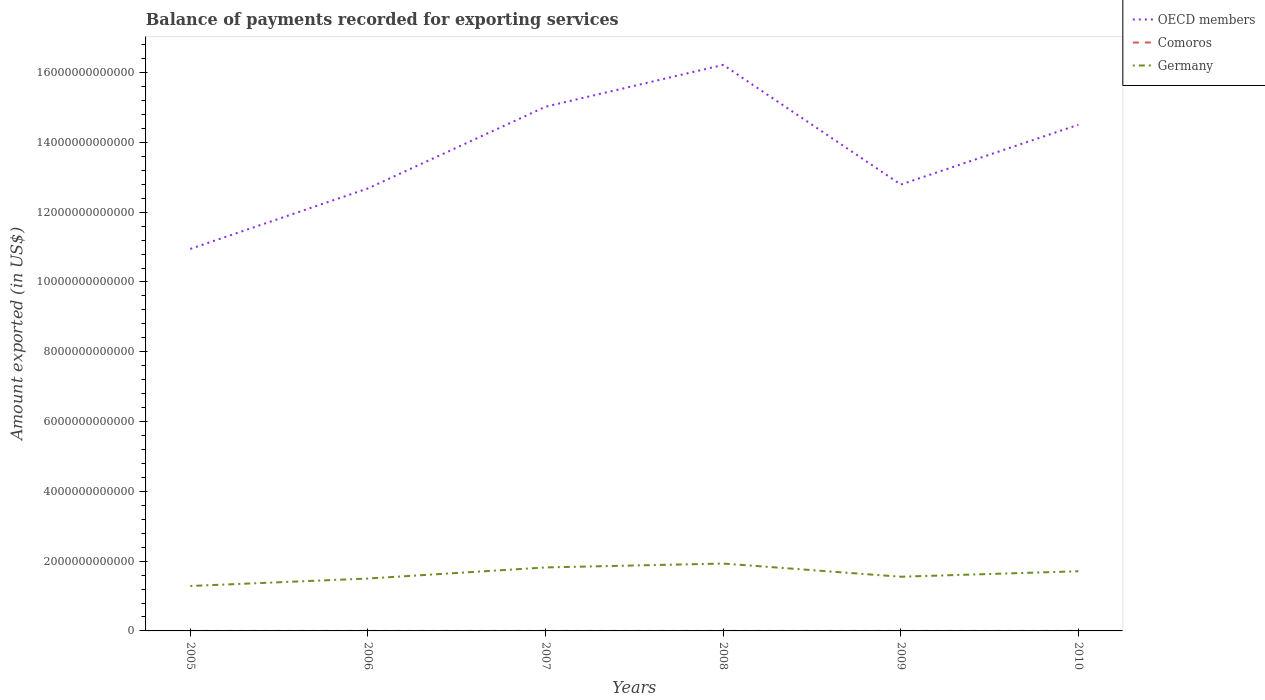
| Years | OECD members | Comoros | Germany |
 | --- | --- | --- | --- |
 | 2005 | 1.09e+13 | 5.95e+07 | 1.29e+12 |
 | 2006 | 1.27e+13 | 6.35e+07 | 1.5e+12 |
 | 2007 | 1.5e+13 | 7.68e+07 | 1.82e+12 |
 | 2008 | 1.62e+13 | 7.97e+07 | 1.93e+12 |
 | 2009 | 1.28e+13 | 8.09e+07 | 1.55e+12 |
 | 2010 | 1.45e+13 | 9.07e+07 | 1.71e+12 |